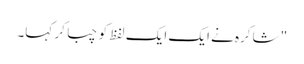
" شاکرہ نے ایک ایک لفظ کو چبا کر کہا۔